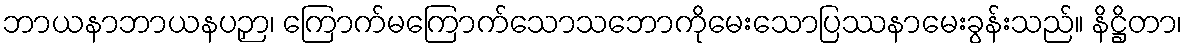
ဘာယနာဘာယနပဉှာ၊ ကြောက်မကြောက်သောသဘောကိုမေးသောပြဿနာမေးခွန်းသည်။ နိဋ္ဌိတာ၊